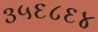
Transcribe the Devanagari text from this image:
३५६८६४